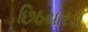
છિઠયારડા